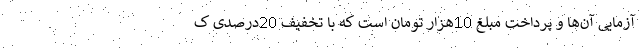
آزمایی آن­ها و پرداخت مبلغ 10هزار تومان است که با تخفیف 20درصدی ک